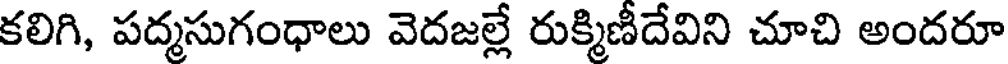
కలిగి, పద్మసుగంధాలు వెదజల్లే రుక్మిణీదేవిని చూచి అందరూ